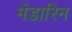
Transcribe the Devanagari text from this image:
मेंडारिन